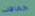
حماقات